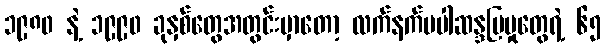
၁၉၈၀ နဲ့ ၁၉၉၀ ခုနှစ်တွေအတွင်းမှာတော့ လက်နက်မပါဆန္ဒပြမှုတွေရဲ့ ၆၅